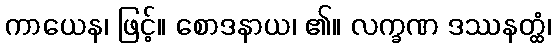
ကာယေန၊ ဖြင့်။ စောဒနာယ၊ ၏။ လက္ခဏ ဒဿနတ္ထံ၊